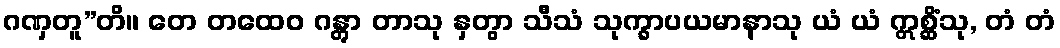
ဂဏှတူ”တိ။ တေ တထေဝ ဂန္တွာ တာသု နှတွာ သီသံ သုက္ခာပယမာနာသု ယံ ယံ ဣစ္ဆိံသု, တံ တံ